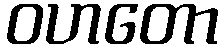
ဝဟတော